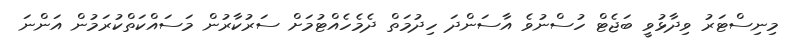
މިނިސްޓަރު ވިދާޅުވީ ބަޖެޓް ހުސްނުވެ އާސަންދަ ހިދުމަތް ދެމެހެއްޓުމަށް ސަރުކާރުން މަސައްކަތްކުރަމުން އަންނަ